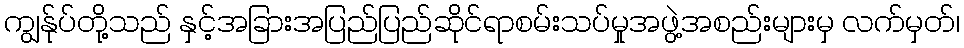
ကျွန်ုပ်တို့သည် နှင့်အခြားအပြည်ပြည်ဆိုင်ရာစမ်းသပ်မှုအဖွဲ့အစည်းများမှ လက်မှတ်၊